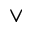
\vee